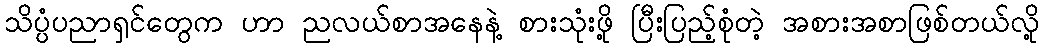
သိပ္ပံပညာရှင်တွေက ဟာ ညလယ်စာအနေနဲ့ စားသုံးဖို့ ပြီးပြည့်စုံတဲ့ အစားအစာဖြစ်တယ်လို့